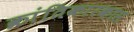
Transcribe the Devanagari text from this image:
क्रांतिकारकास